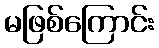
မဖြစ်ကြောင်း